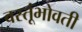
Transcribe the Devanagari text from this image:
वस्तूंभोवती